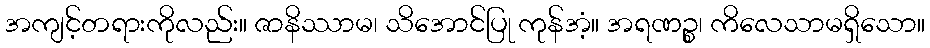
အကျင့်တရားကိုလည်း။ ဇာနိဿာမ၊ သိအောင်ပြု ကုန်အံ့။ အရဏဉ္စ၊ ကိလေသာမရှိသော။